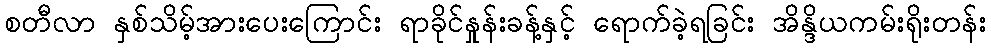
စတီလာ နှစ်သိမ့်အားပေးကြောင်း ရာခိုင်နှုန်းခန့်နှင့် ရောက်ခဲ့ရခြင်း အိန္ဒိယကမ်းရိုးတန်း